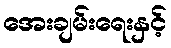
အေးချမ်းရေးနှင့်